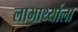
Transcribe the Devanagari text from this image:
लाभार्थ्याला